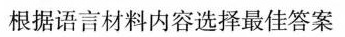
根据语言材料内容选择最佳答案